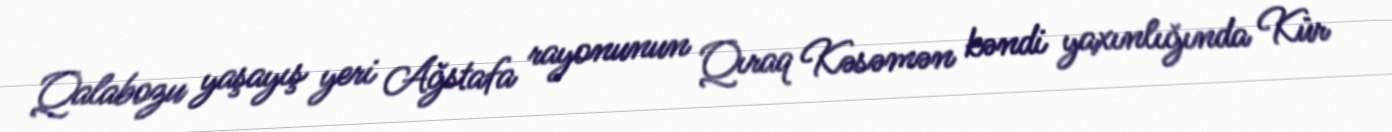
Qalabozu yaşayış yeri Ağstafa rayonunun Qıraq Kəsəmən kəndi yaxınlığında Kür